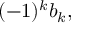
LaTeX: ( - 1 ) ^ { k } b _ { k } ,